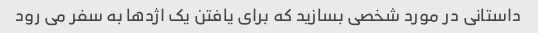
داستانی در مورد شخصی بسازید که برای یافتن یک اژدها به سفر می رود